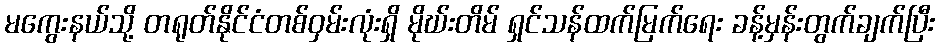
မကွေးနယ်သို့ တရုတ်နိုင်ငံတစ်ဝှမ်းလုံးရှိ မိုဃ်းတိမ် ရှင်သန်ထက်မြက်ရေး ခန့်မှန်းတွက်ချက်ပြီး